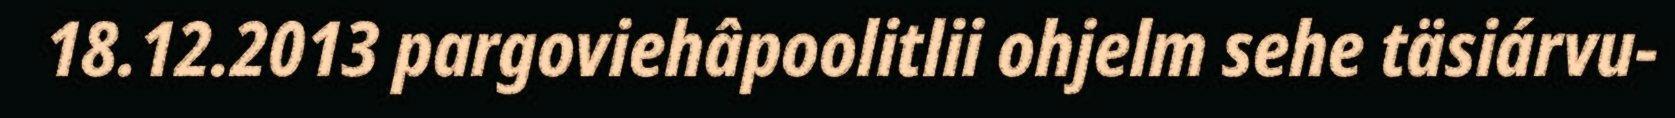
18.12.2013 pargoviehâpoolitlii ohjelm sehe täsiárvu-